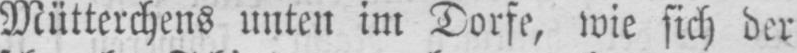
Mütterchens unten im Dorfe, wie sich der